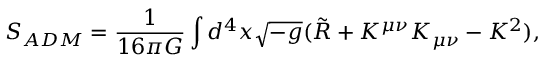
S _ { A D M } = \frac { 1 } { 1 6 \pi G } \int d ^ { 4 } x \sqrt { - g } ( \Tilde { R } + K ^ { \mu \nu } K _ { \mu \nu } - K ^ { 2 } ) ,